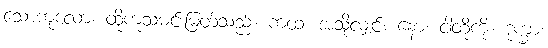
သောကုလော၊ ထိုကုသမင်းမြတ်သည်။ ကထံ၊ အသို့လျှင်။ နော၊ ငါတို့ကို။ ဒုက္ခာ၊